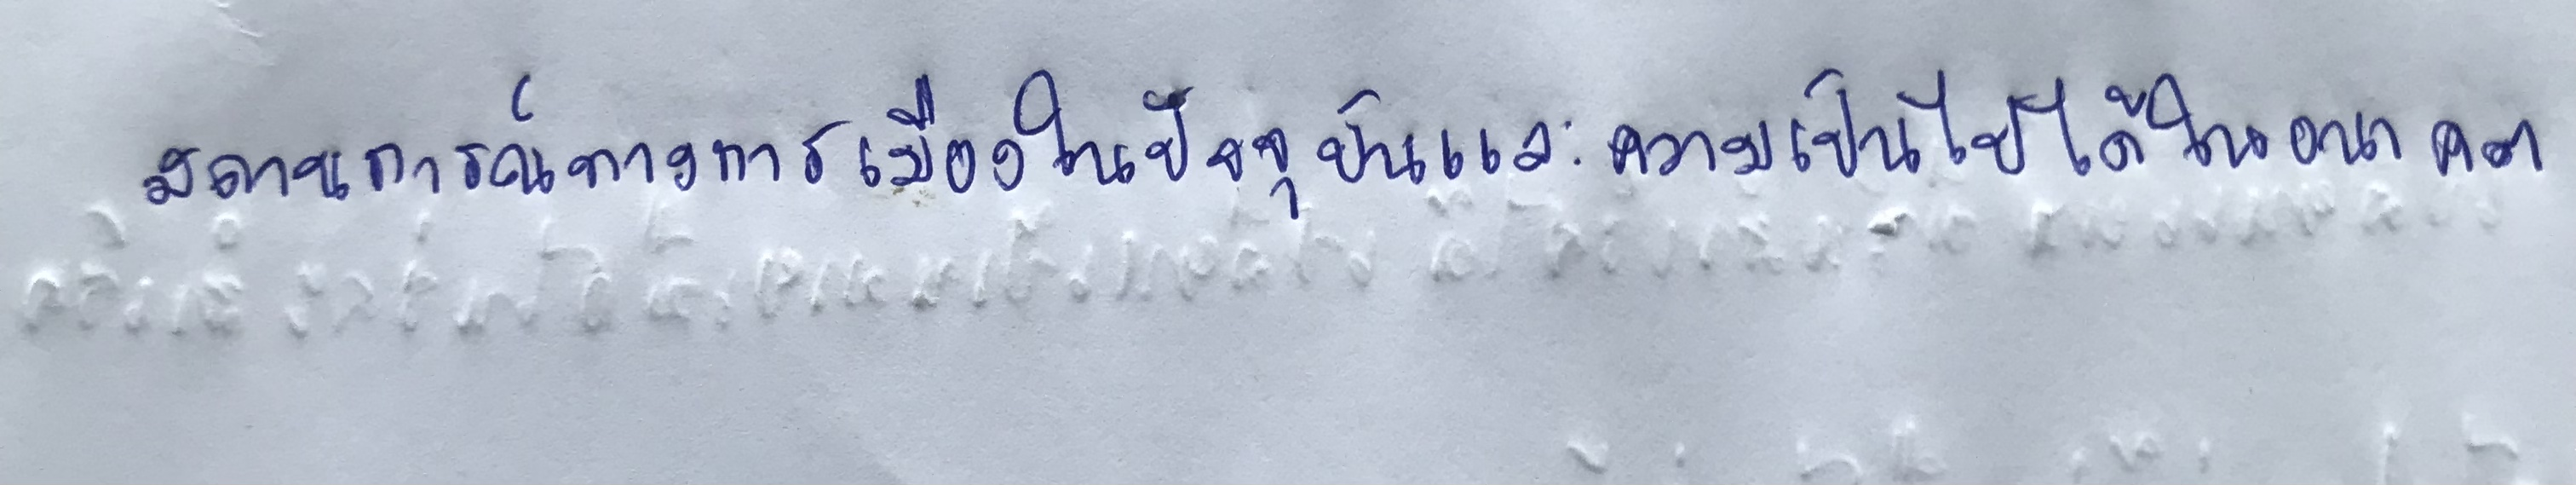
"สถานการณ์ทางการเมืองในปัจจุบันและความเป็นไปได้ในอนาคต"